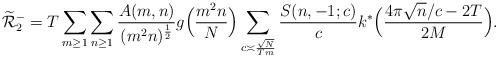
LaTeX: \begin{align*}\widetilde{\mathcal{R}}_2^- =T\sum_{m\geq 1} \sum_{n \geq 1}\frac{A(m,n)}{(m^2 n)^{\frac{1}{2}}}g\Big(\frac{m^2 n}{N}\Big)\sum_{c \asymp \frac{\sqrt{N}}{Tm}}\frac{S(n,-1;c)}{c}k^*\Big( \frac{{4\pi \sqrt{n}}/{c}-2T}{2M} \Big). \end{align*}